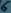
Text: 6